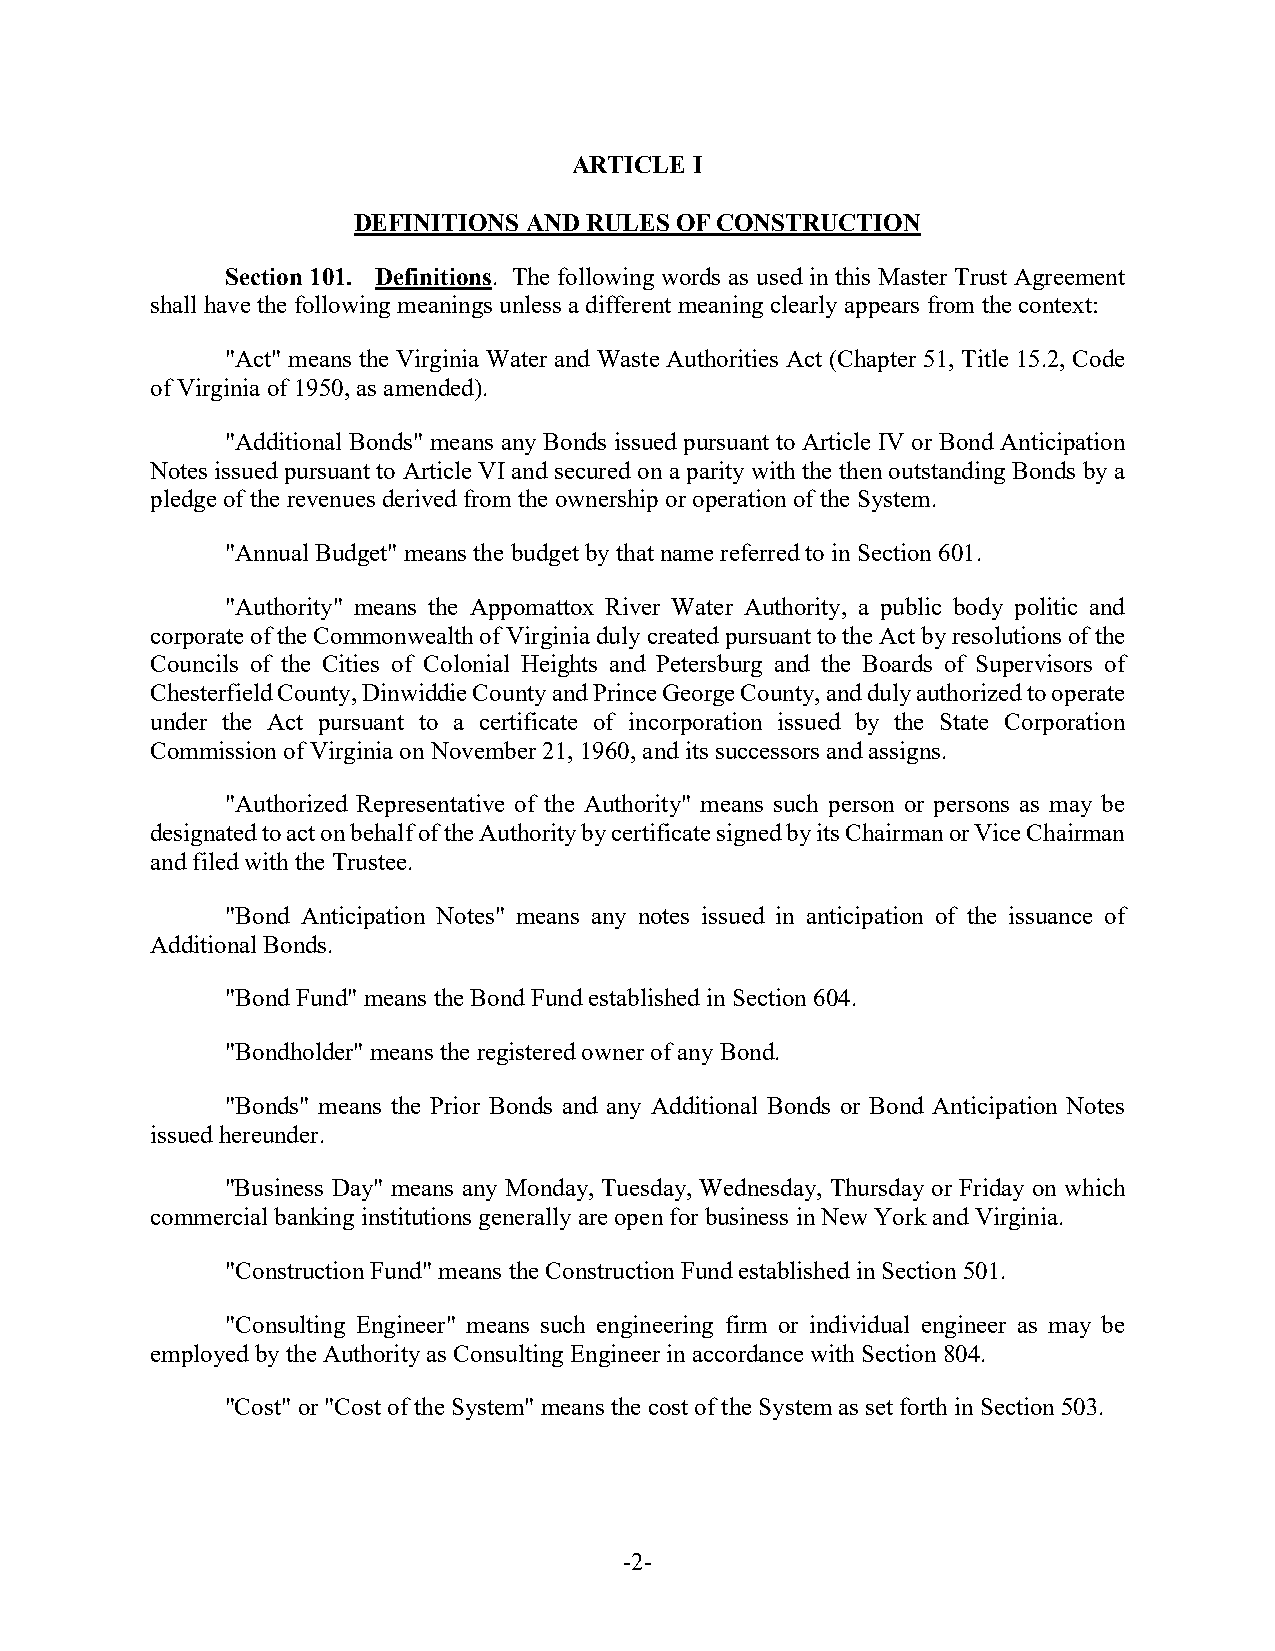
ARTICLE I
 DEFINITIONS AND RULES OF CONSTRUCTION
 Section 101. Definitions. The following words as used in this Master Trust Agreement
 shall have the following meanings unless a different meaning clearly appears from the context:
 "Act" means the Virginia Water and Waste Authorities Act (Chapter 51, Title 15.2, Code
 of Virginia of 1950, as amended).
 "Additional Bonds" means any Bonds issued pursuant to Article IV or Bond Anticipation
 Notes issued pursuant to Article VI and secured on a parity with the then outstanding Bonds by a
 pledge of the revenues derived from the ownership or operation of the System.
 "Annual Budget" means the budget by that name referred to in Section 601.
 "Authority" means the Appomattox River Water Authority, a public body politic and
 corporate of the Commonwealth of Virginia duly created pursuant to the Act by resolutions of the
 Councils of the Cities of Colonial Heights and Petersburg and the Boards of Supervisors of
 Chesterfield County, Dinwiddie County and Prince George County, and duly authorized to operate
 under the Act pursuant to a certificate of incorporation issued by the State Corporation
 Commission of Virginia on November 21, 1960, and its successors and assigns.
 "Authorized Representative of the Authority" means such person or persons as may be
 designated to act on behalf of the Authority by certificate signed by its Chairman or Vice Chairman
 and filed with the Trustee.
 "Bond Anticipation Notes" means any notes issued in anticipation of the issuance of
 Additional Bonds.
 "Bond Fund" means the Bond Fund established in Section 604.
 "Bondholder" means the registered owner of any Bond.
 "Bonds" means the Prior Bonds and any Additional Bonds or Bond Anticipation Notes
 issued hereunder.
 "Business Day" means any Monday, Tuesday, Wednesday, Thursday or Friday on which
 commercial banking institutions generally are open for business in New York and Virginia.
 "Construction Fund" means the Construction Fund established in Section 501.
 "Consulting Engineer" means such engineering firm or individual engineer as may be
 employed by the Authority as Consulting Engineer in accordance with Section 804.
 "Cost" or "Cost of the System" means the cost of the System as set forth in Section 503.
 -2-